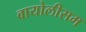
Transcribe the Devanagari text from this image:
वायोलीसम